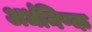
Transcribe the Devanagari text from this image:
अर्धनिष्क